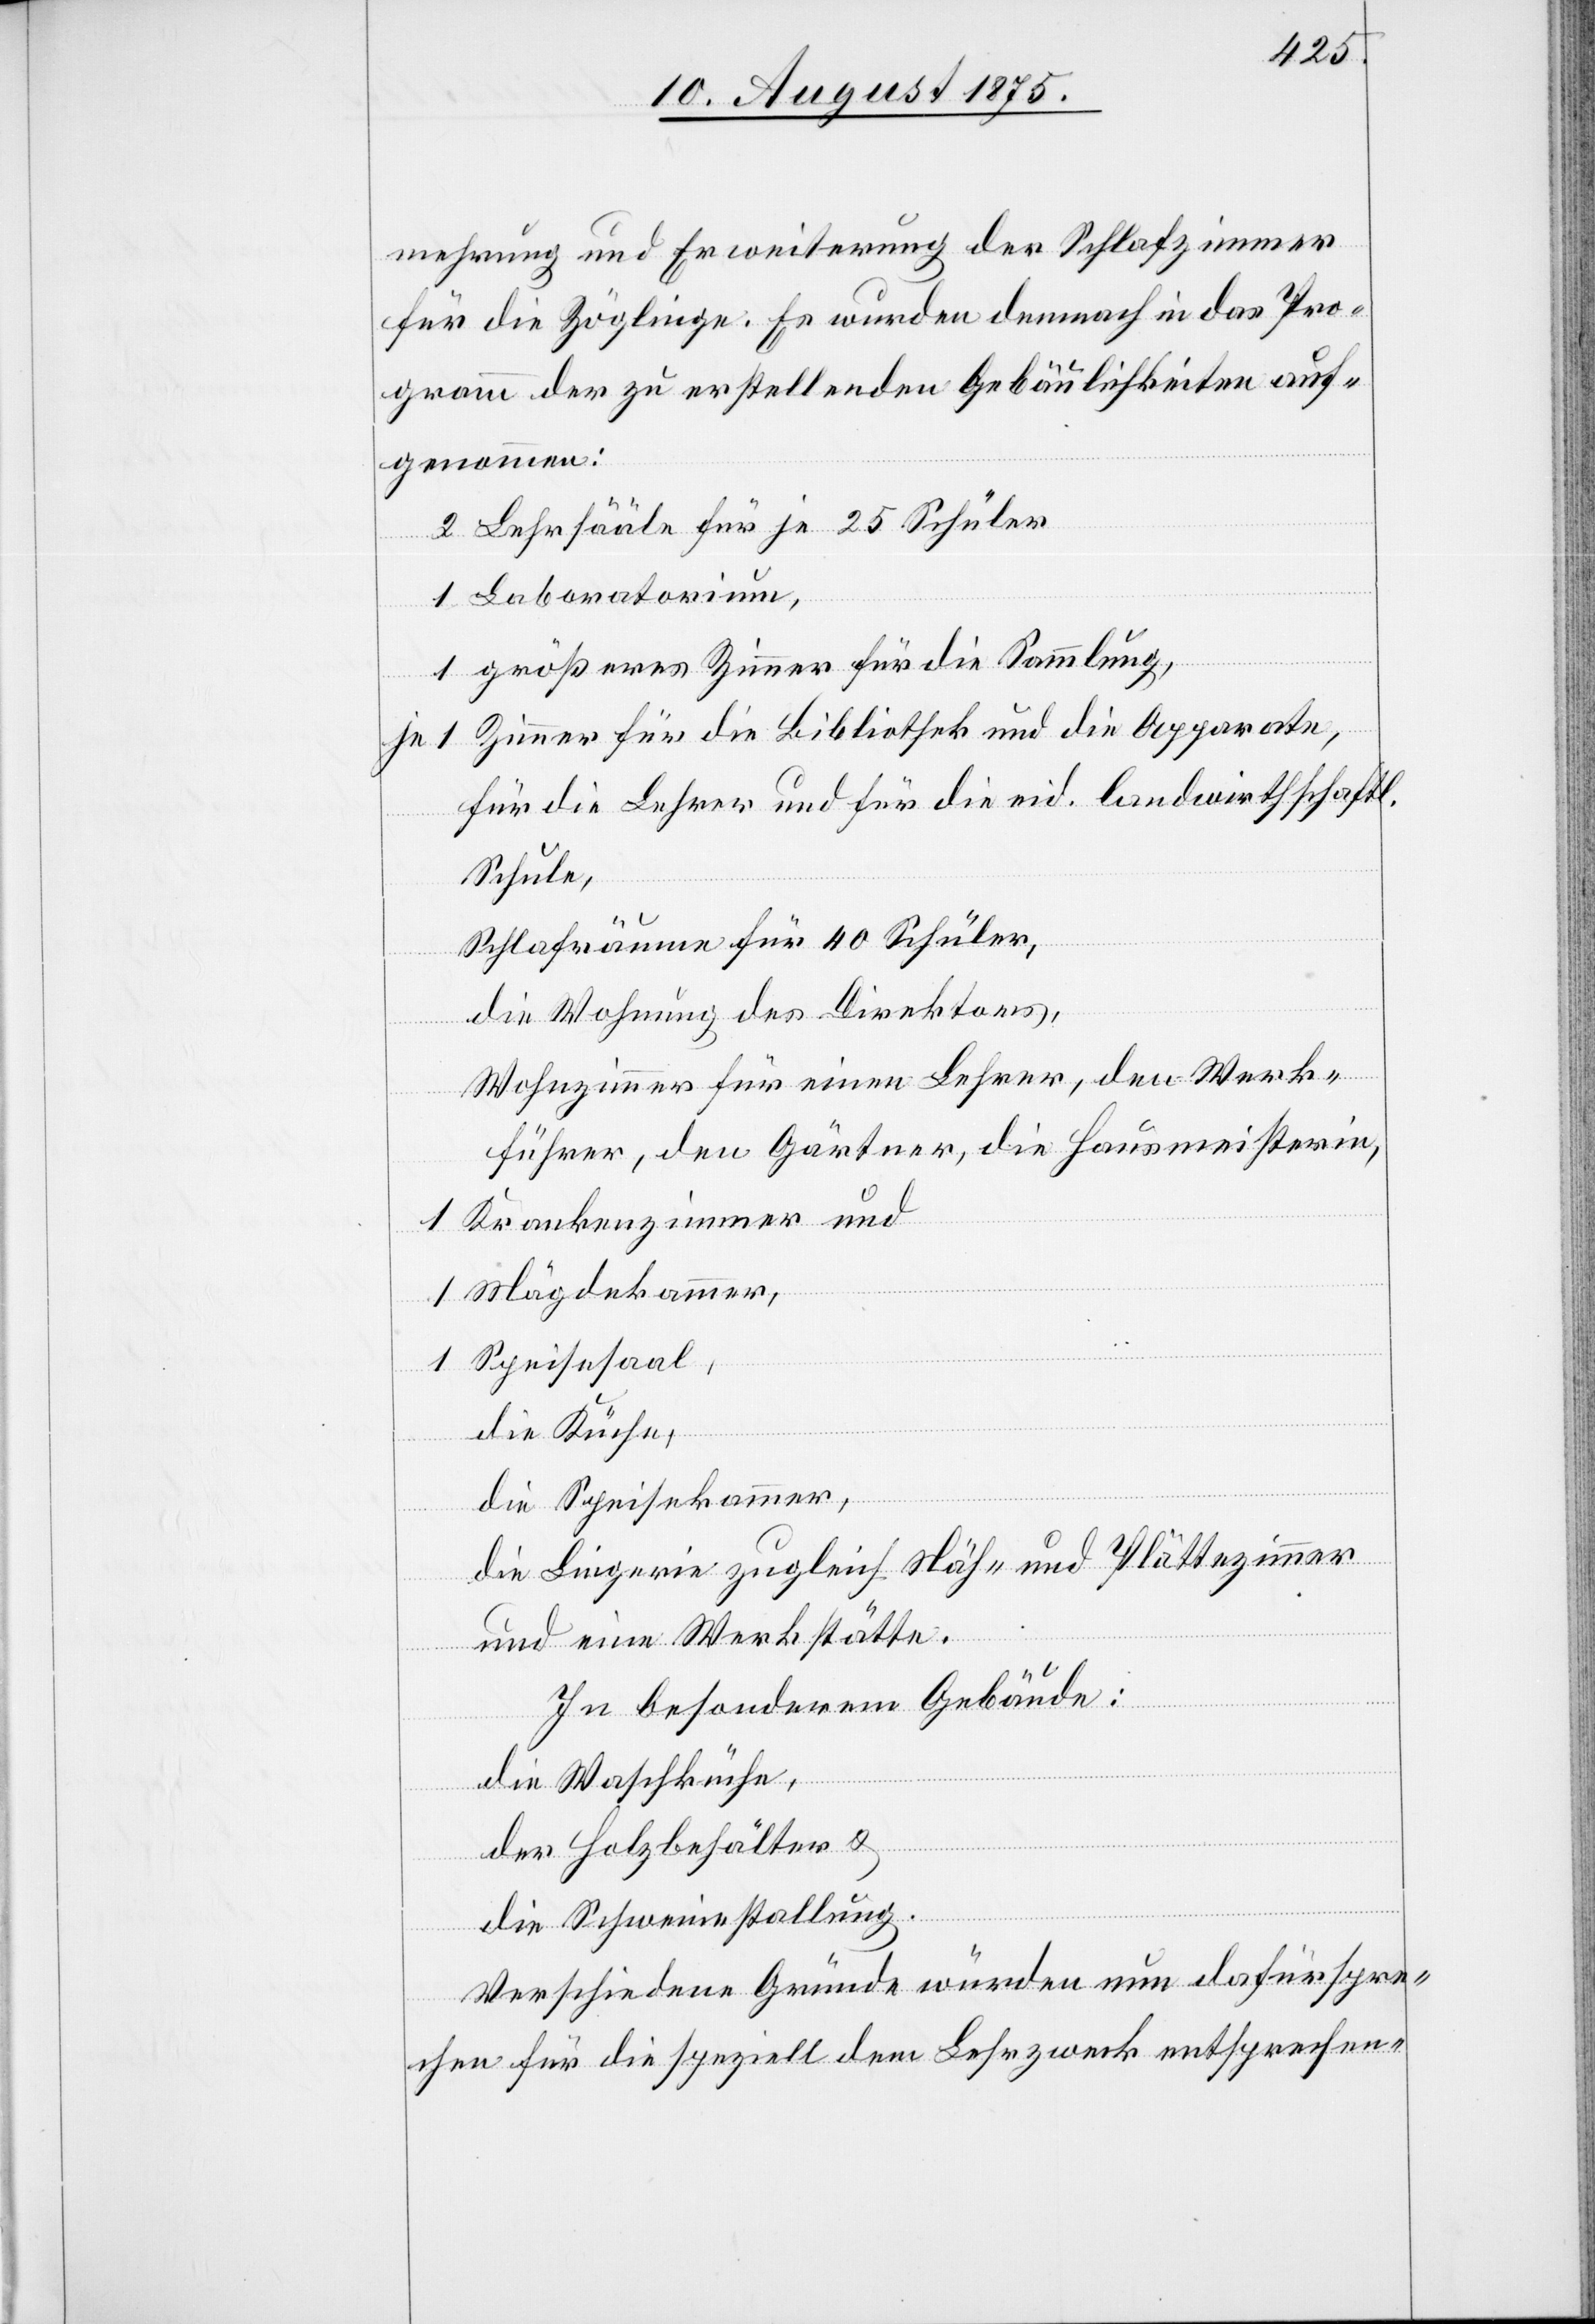
mehrung und Erweiterung der Schlafzimmer
für die Zöglinge. Es wurden demnach in das Pro¬
gramm der zu erstellenden Gebäulichkeiten auf¬
genommen:
2 Lehrsääle für je 25 Schüler
1 Laboratorium,
1 größeres Zimmer für die Sammlung,
je 1 Zimmer für die Bibliothek und die Apparate,
für die Lehrer und für die eid. landwirthschaftl.
Schule,
Schlafräume für 40 Schüler,
die Wohnung des Direktors,
Wohnzimmer für einen Lehrer, den Werk¬
führer, den Gärtner, die Hausmeisterin,
1 Krankenzimmer und
1 Mägdekammer,
1 Speisesaal,
die Küche,
die Speisekammer,
die Lingerie zugleich Näh- und Plättzimmer
und eine Werkstätte.
In besonderem Gebäude:
die Waschküche,
der Holzbehälter &
die Schweinestallung.
Verschiedene Gründe würden nun dafürspre¬
chen für die speziell dem Lehrzweck entsprechen-